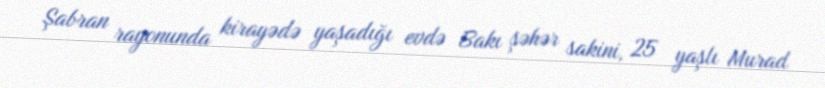
Şabran rayonunda kirayədə yaşadığı evdə Bakı şəhər sakini, 25 yaşlı Murad